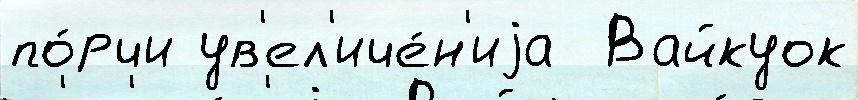
по́рчи ув'ел'иче́н'иjа  Вайкуок